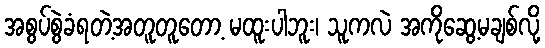
အစွပ်စွဲခံရတဲ့အတူတူတော့ မထူးပါဘူး၊ သူကလဲ အကိုဆွေ့မချစ်လို့